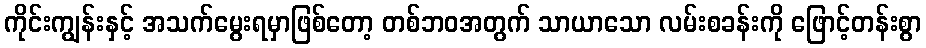
ကိုင်းကျွန်းနှင့် အသက်မွေးရမှာဖြစ်တော့ တစ်ဘဝအတွက် သာယာသော လမ်းစခန်းကို ဖြောင့်တန်းစွာ